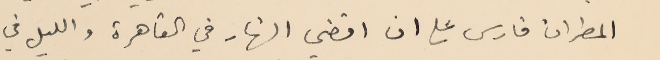
المطران فارس على ان اقضي النهار في القاهرة والليل في